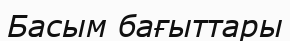
Басым бағыттары